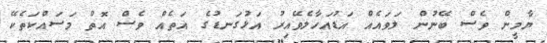
ޔާމީން ވެސް ބޭނުން ލަވައެއް އަޑުއަހާލެވޭއިރު އަޅުގަނޑުގެ އަތެއް ވެސް އޮތް މަސައްކަތެކޭ